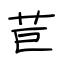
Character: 苣